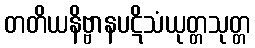
တတိယနိဗ္ဗာနပဋိသံယုတ္တသုတ္တ